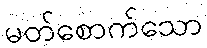
မတ်စောက်သော